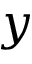
y